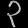
Digit: ၃